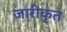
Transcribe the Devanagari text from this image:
जारीकृत